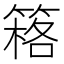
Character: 䈷